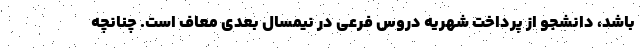
باشد، دانشجو از پرداخت شهریه دروس فرعی در نیمسال بعدی معاف است. چنانچه